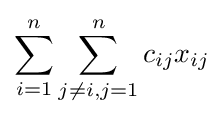
\sum _{i=1}^{n}\sum _{j\neq i,j=1}^{n}c_{ij}x_{ij}